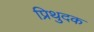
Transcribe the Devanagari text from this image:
प्रिथुदक